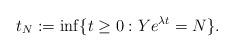
LaTeX: \begin{align*} t_N := \inf\{t\geq0: Ye^{\lambda t} = N\}.\end{align*}